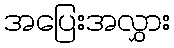
အပြေးအလွှား